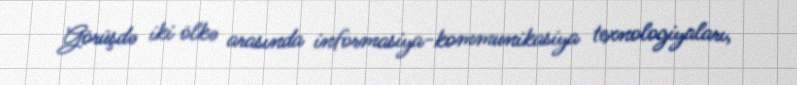
Görüşdə iki ölkə arasında informasiya-kommunikasiya texnologiyaları,